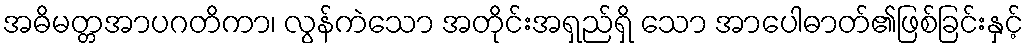
အဓိမတ္တအာပဂတိကာ၊ လွန်ကဲသော အတိုင်းအရှည်ရှိ သော အာပေါဓာတ်၏ဖြစ်ခြင်းနှင့်